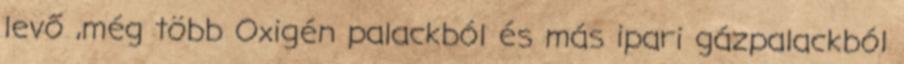
levő ,még több Oxigén palackból és más ipari gázpalackból